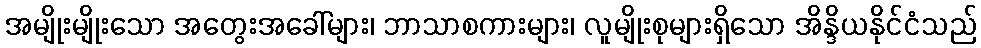
အမျိုးမျိုးသော အတွေးအခေါ်များ၊ ဘာသာစကားများ၊ လူမျိုးစုများရှိသော အိန္ဒိယနိုင်ငံသည်